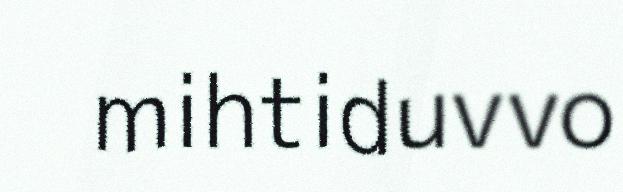
mihtiduvvo